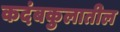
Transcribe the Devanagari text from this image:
कदंबकुलातील